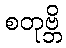
စတုဗ္ဘိ